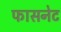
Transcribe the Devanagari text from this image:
फासनेट